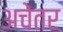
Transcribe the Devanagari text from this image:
अचेतर